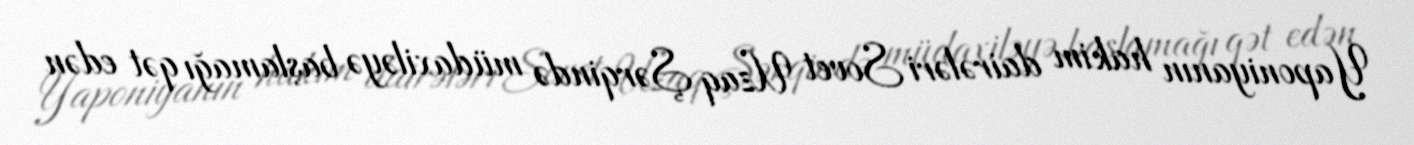
Yaponiyanın hakim dairələri Sovet Uzaq Şərqində müdaxiləyə başlamağı qət edən